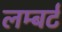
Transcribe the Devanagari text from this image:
लम्बर्ट